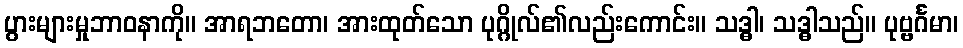
ပွားများမှုဘာဝနာကို။ အာရဘတော၊ အားထုတ်သော ပုဂ္ဂိုလ်၏လည်းကောင်း။ သဒ္ဓါ၊ သဒ္ဓါသည်။ ပုဗ္ဗင်္ဂမာ၊